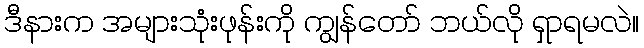
ဒီနားက အများသုံးဖုန်းကို ကျွန်တော် ဘယ်လို ရှာရမလဲ။